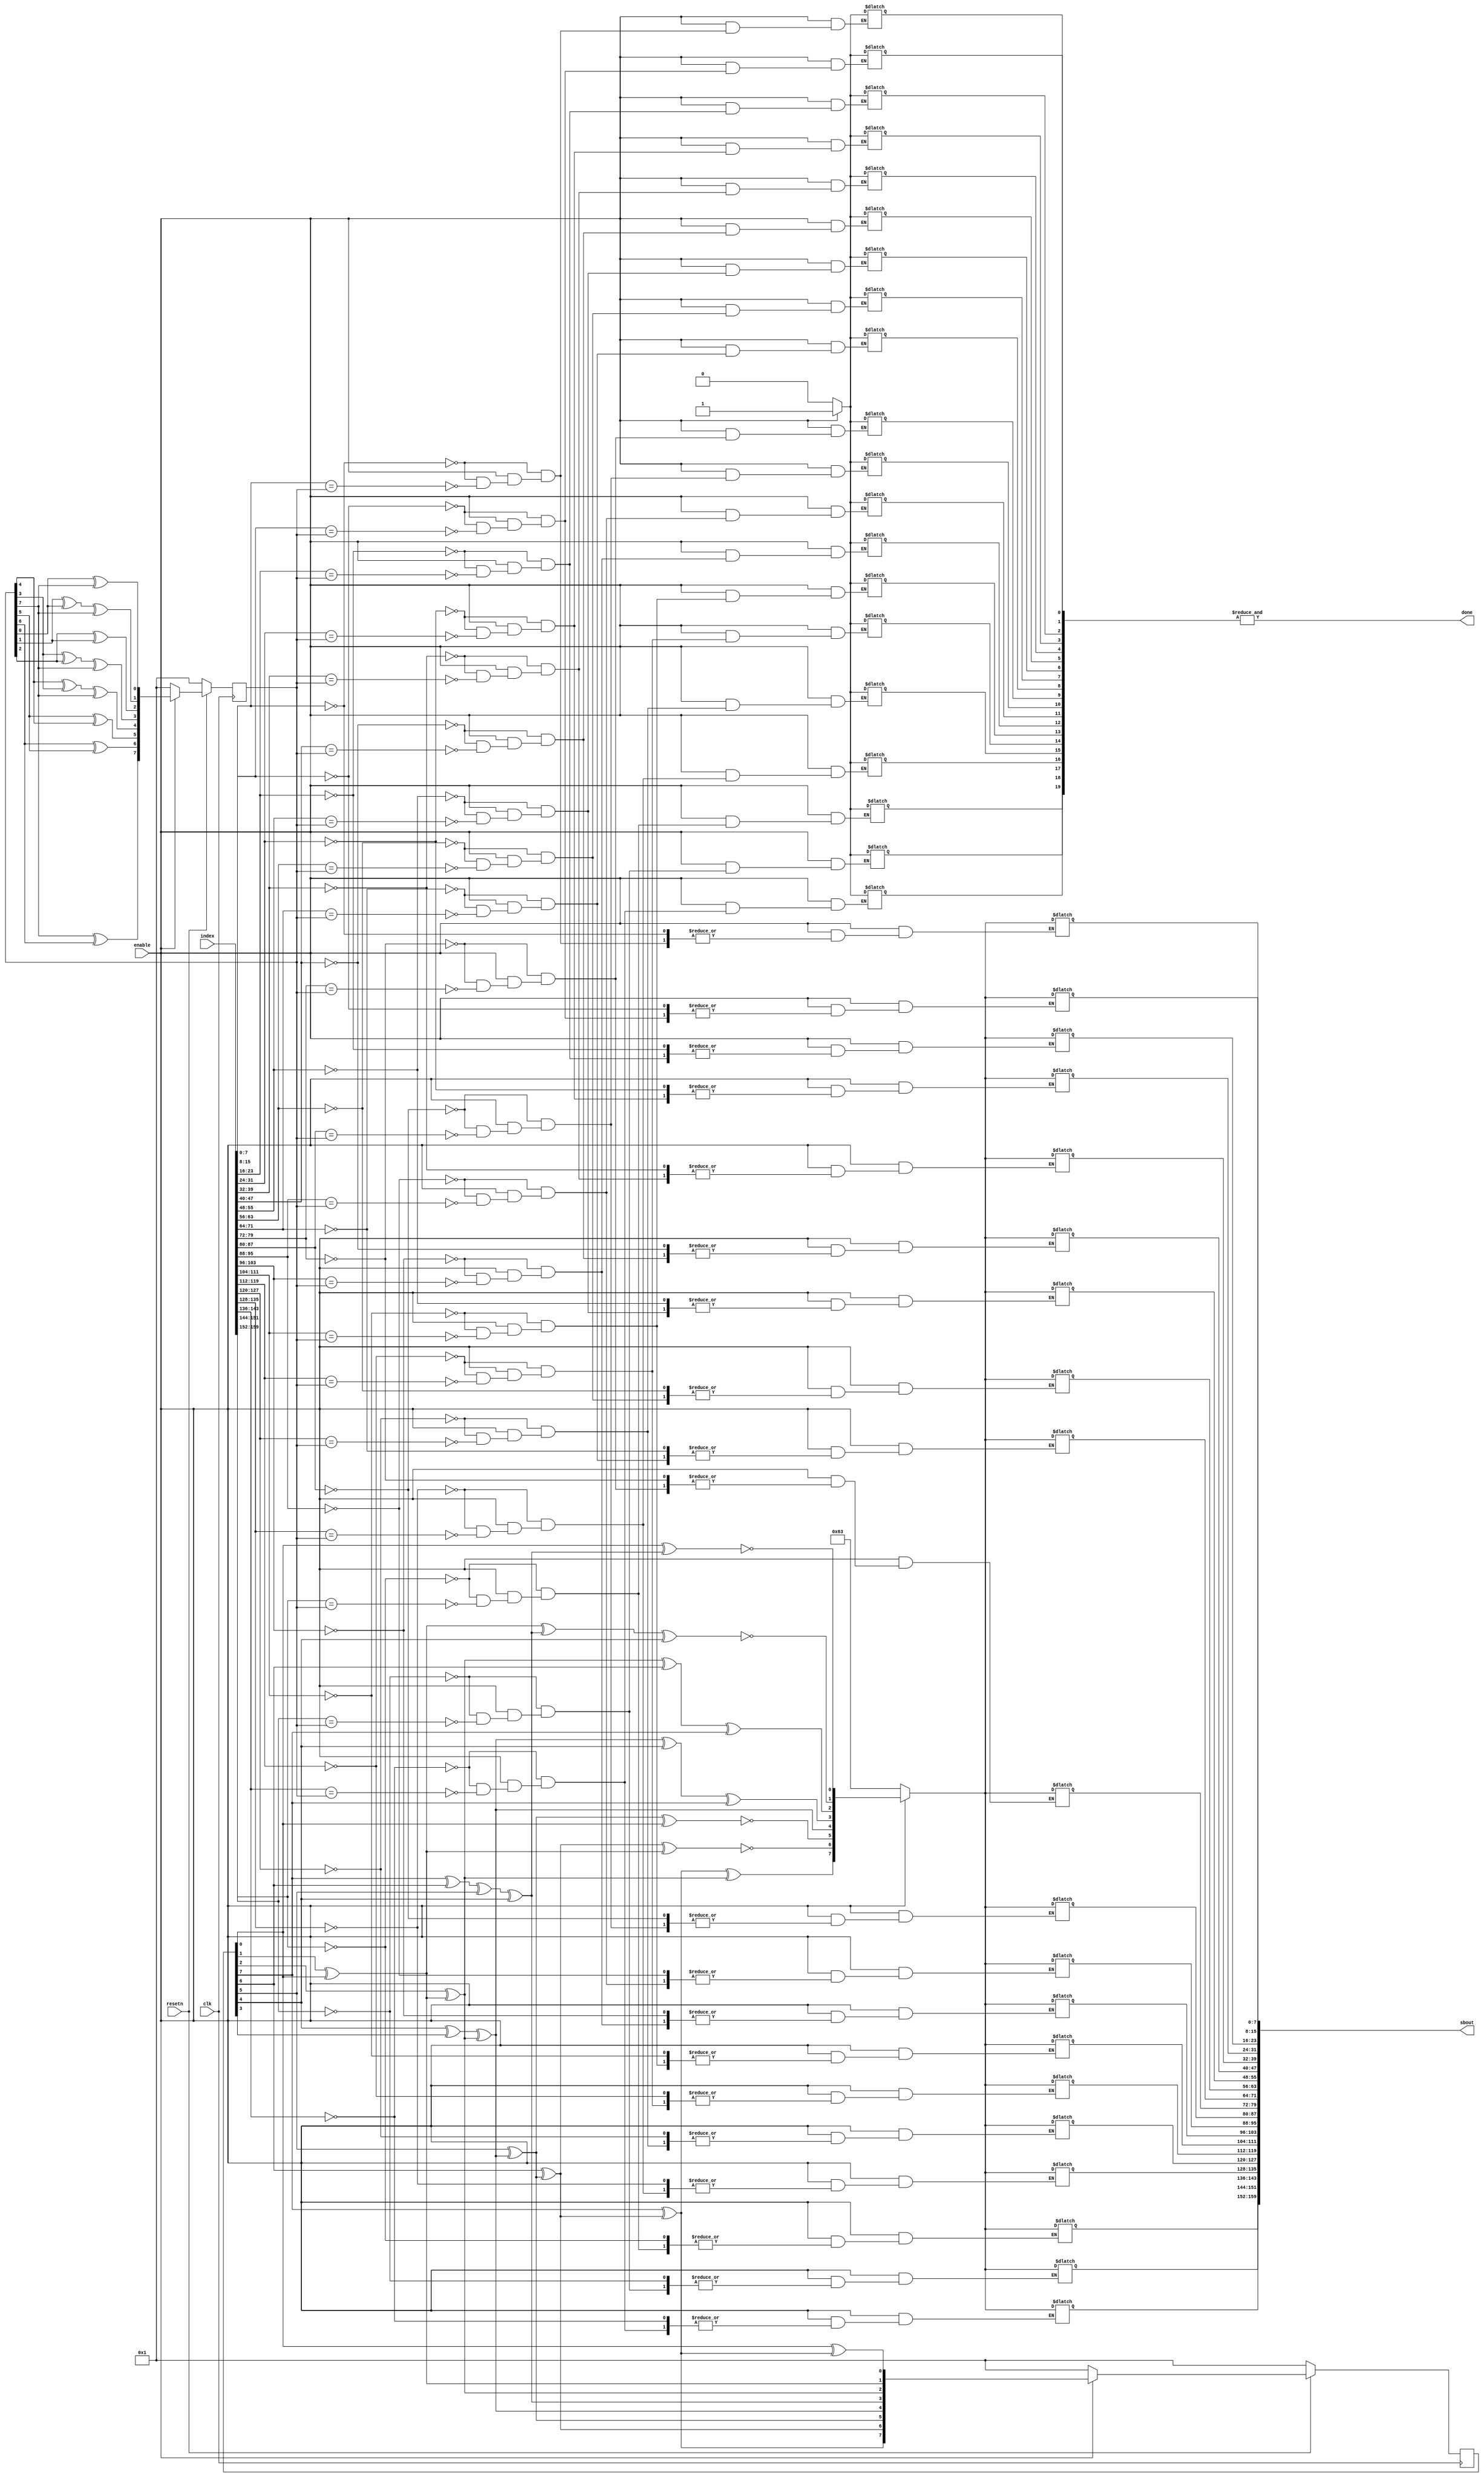
module sbox (
	input clk,
	input resetn,

	input [159:0] index,
	input enable,

	output reg [159:0] sbout,
	output done
);

reg [7:0] p;
wire [7:0] p_next;

reg [7:0] q;
wire [7:0] q_next;

wire [7:0] aff;

reg [19:0] complete;

genvar i;


always @(posedge clk) begin
	if(!resetn) begin
		p <= 8'h1;
		q <= 8'h1;
	end
	else if(!enable) begin
		p <= 8'h1;
		q <= 8'h1;
	end
	else begin
		p <= p_next;
		q <= q_next;
	end
end

/* Multiply by 03 in Galois Field GF(256)
 * p = p ^ (p<<1) ^ (p & 0x80 ? 0x1b : 0x00);
 * */
assign p_next = {p[7]^p[6], p[6]^p[5], p[5]^p[4], p[4]^p[3]^p[7], p[3]^p[2]^p[7], p[2]^p[1], p[1]^p[0]^p[7], p[0]^p[7]};

/* Inverse of p in Galois Field GF(256)
 * q ^= q<<1;
 * q ^= q<<2;
 * q ^= q<<4;
 * q ^= q & 0x80 ? 0x09 : 0x00;
 * */
assign q_next[0] = q[0] ^ q_next[7];
assign q_next[1] = q[1] ^ q[0];
assign q_next[2] = q[2] ^ q_next[1];
assign q_next[3] = q[7] ^ q[6] ^ q[5] ^ q[4];
assign q_next[4] = q[4] ^ q[3] ^ q_next[2];
assign q_next[5] = q[5] ^ q_next[4];
assign q_next[6] = q[6] ^ q_next[5];
assign q_next[7] = q[7] ^ q_next[6];


/* Compute Affine Transformation
 * b'(i) = b(i) ^ b(i+4 % 8) ^ b(i+5 % 8) ^ b(i+6 % 8) ^ b(i+7 % 8) ^ c(i);
 * c = 0x63;
 */
assign aff[0] = ~(q[0] ^ q_next[3]);              //q[0] ^ q[4] ^ q[5] ^ q[6] ^ q[7] ^ 1'b1;
assign aff[1] = ~(q_next[1] ^ q_next[3] ^ q[4]);  //q[1] ^ q[5] ^ q[6] ^ q[7] ^ q[0] ^ 1'b1;
assign aff[2] = q_next[2] ^ q[6] ^ q[7];          //q[2] ^ q[6] ^ q[7] ^ q[0] ^ q[1] ^ 1'b0;
assign aff[3] = q_next[4] ^ q[4] ^ q[7];          //q[3] ^ q[7] ^ q[0] ^ q[1] ^ q[2] ^ 1'b0;
assign aff[4] = q_next[4];                        //q[4] ^ q[0] ^ q[1] ^ q[2] ^ q[3] ^ 1'b0;
assign aff[5] = ~(q_next[5] ^ q[0]);              //q[5] ^ q[1] ^ q[2] ^ q[3] ^ q[4] ^ 1'b1;
assign aff[6] = ~(q_next[6] ^ q_next[1]);         //q[6] ^ q[2] ^ q[3] ^ q[4] ^ q[5] ^ 1'b1;
assign aff[7] = q_next[7] ^ q_next[2];            //q[7] ^ q[3] ^ q[4] ^ q[5] ^ q[6] ^ 1'b0;


generate
	for(i = 0; i < 20; i = i+1) begin : sbox_sample
		always @(enable or aff or index or p) begin
			if(enable) begin
				if(index[8*i+7:8*i] == 8'h0) begin
					complete[i] = 1'b1;
				end
				else if(index[8*i+7:8*i] == p) begin
					sbout[8*i+7:8*i] = aff;
					complete[i] = 1'b1;
				end
			end
			else begin
				sbout[8*i+7:8*i] = 8'h63;
				complete[i] = 1'b0;
			end
		end
	end

endgenerate


assign done = &(complete[19:0]);

endmodule